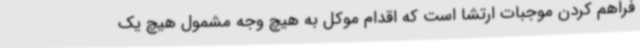
فراهم کردن موجبات ارتشا است که اقدام موکل به هیچ وجه مشمول هیچ یک